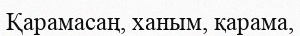
Қарамасаң, ханым, қарама,